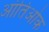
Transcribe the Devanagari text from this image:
आंतिओक